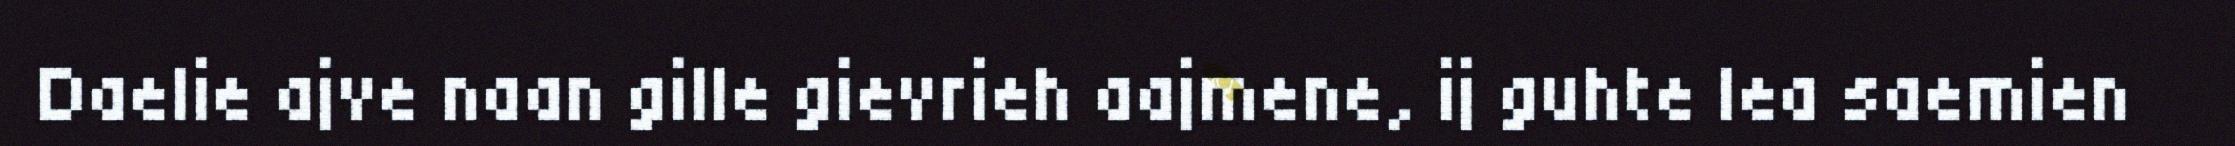
Daelie ajve naan gille gievrieh aajmene, ij guhte lea saemien